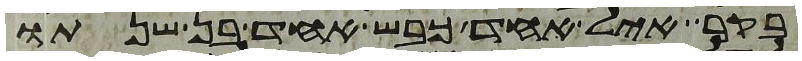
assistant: בקר איל אחד כבש אחד בן שנתו